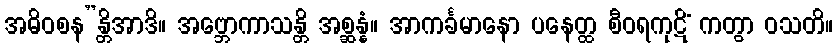
အဓိဝစန”န္တိအာဒိ။ အဗ္ဘောကာသန္တိ အစ္ဆန္နံ။ အာကင်္ခမာနော ပနေတ္ထ စီဝရကုဋိံ ကတွာ ဝသတိ။